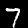
Label: 7